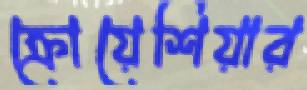
ক্রোয়েশিয়ার